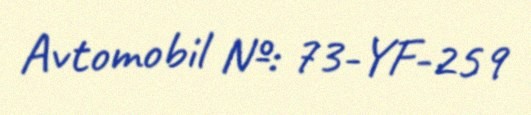
Avtomobil №: 73-YF-259